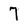
Character: 7